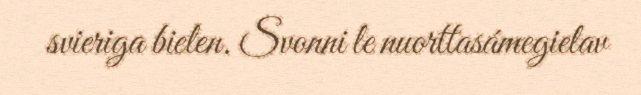
svieriga bielen. Svonni le nuorttasámegielav